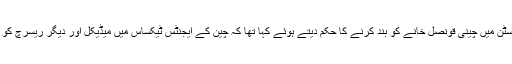
ٹرمپ انتظامیہ نے منگل کو ہیوسٹن میں چینی قونصل خانے کو بند کرنے کا حکم دیتے ہوئے کہا تھا کہ چین کے ایجنٹس ٹیکساس میں میڈیکل اور دیگر ریسرچ کو چرانے کی کوشش کر رہے ہیں۔